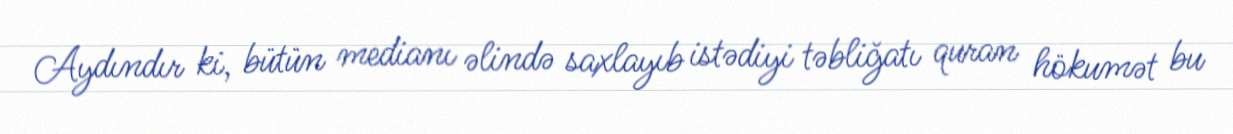
Aydındır ki, bütün medianı əlində saxlayıb istədiyi təbliğatı quran hökumət bu